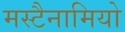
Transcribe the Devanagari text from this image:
मस्टैनामियो